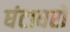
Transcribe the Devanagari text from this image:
घंटाघरों